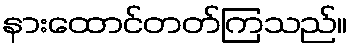
နားထောင်တတ်ကြသည်။